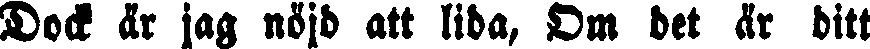
Dock är jag nöjd att lida, Om bet är ditt